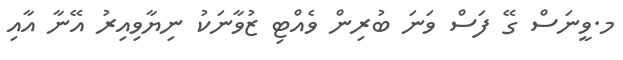
މ.ވީނަސް ގޭ ފަސް ވަނަ ބުރިން ވެއްޓި ޒުވާނަކު ނިޔާވިއިރު އޭނާ އާއި